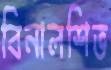
বিনালশিভ